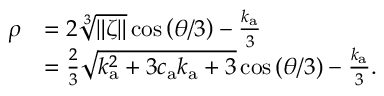
\begin{array} { r l } { \rho } & { = 2 \sqrt [ 3 ] { \| \zeta \| } \cos { \left( \theta / 3 \right) } - \frac { k _ { \mathrm { a } } } { 3 } } \\ & { = \frac { 2 } { 3 } \sqrt { k _ { \mathrm { a } } ^ { 2 } + 3 c _ { \mathrm { a } } k _ { \mathrm { a } } + 3 } \cos { \left( \theta / 3 \right) } - \frac { k _ { \mathrm { a } } } { 3 } . } \end{array}